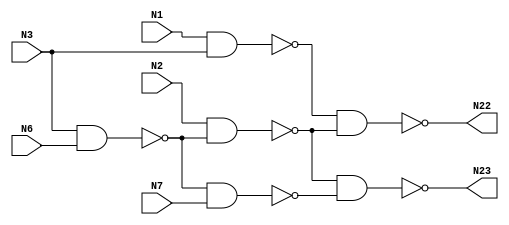
// Verilog
// c17
// Ninputs 5
// Noutputs 2
// NtotalGates 6
// NAND2 6

module c17 (N1,N2,N3,N6,N7,N22,N23);

input N1,N2,N3,N6,N7;

output N22,N23;

wire N10,N11,N16,N19;

nand NAND2_1 (N10, N1, N3);
nand NAND2_2 (N11, N3, N6);
nand NAND2_3 (N16, N2, N11);
nand NAND2_4 (N19, N11, N7);
nand NAND2_5 (N22, N10, N16);
nand NAND2_6 (N23, N16, N19);

endmodule